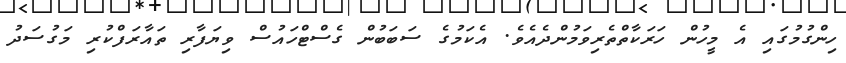
ހިންގުމުގައި އެ މީހުން ހަރަކާތްތެރިވަމުންދެއެވެ. އެކަމުގެ ސަބަބުން ގެސްޓްހައުސް ވިޔަފާރި ތައާރަފްކުރި މަގުސަދު